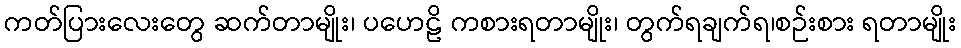
ကတ်ပြားလေးတွေ ဆက်တာမျိုး၊ ပဟေဠိ ကစားရတာမျိုး၊ တွက်ရချက်ရ၊စဉ်းစား ရတာမျိုး